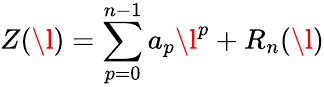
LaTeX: Z(\l)=\sum_{p=0}^{n-1}a_{p}\l^{p}+R_{n}(\l)